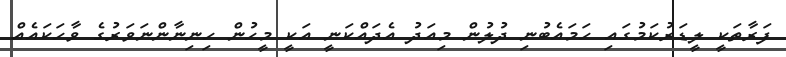
ފަރާތަކީ ލީޑަރުކަމުގައި ހަމައެބުނި ދުލުން މިއަދު އެދައްކަނީ އަކީ މީހުން ހިނިނާންނަވަރުގެ ވާހަކައެއް